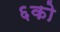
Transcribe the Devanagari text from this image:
६को